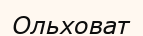
Ольховат